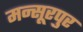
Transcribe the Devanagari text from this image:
मन्सूरपुर